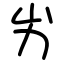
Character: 屴